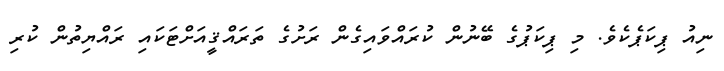
ނިއު ޕިކަޕެކެވެ. މި ޕިކަޕުގެ ބޭނުން ކުރައްވައިގެން ރަށުގެ ތަރައްޤީއަށްޓަކައި ރައްޔިތުން ކުރި